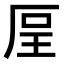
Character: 𠩥